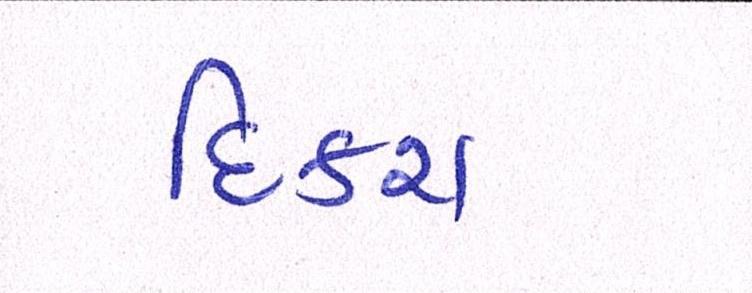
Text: દિકરા